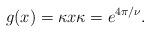
LaTeX: \begin{align*} g(x)=\kappa x \kappa = e^{4\pi/\nu}. \end{align*}